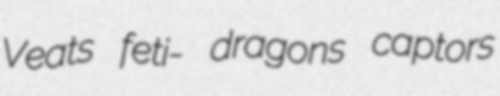
Veats feti- dragons captors